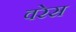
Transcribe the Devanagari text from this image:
वरेस